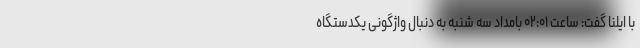
با ایلنا گفت: ساعت ۰۲:۰۱ بامداد سه شنبه به دنبال واژگونی یکدستگاه